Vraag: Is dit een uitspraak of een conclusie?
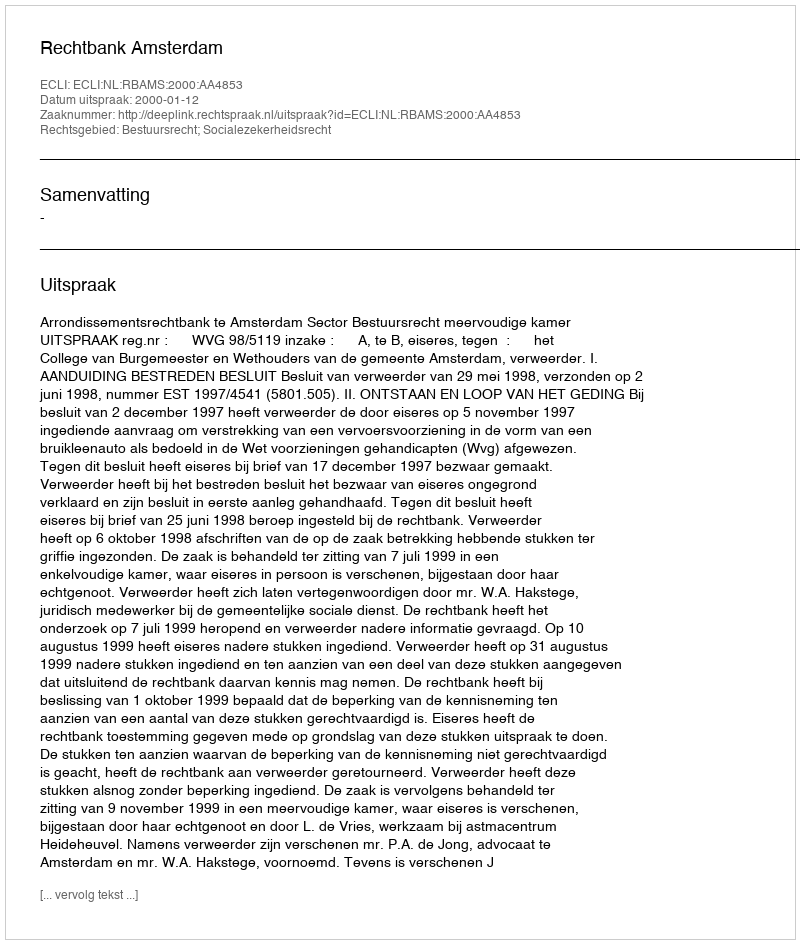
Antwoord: Uitspraak